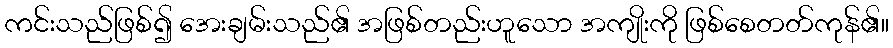
ကင်းသည်ဖြစ်၍ အေးချမ်းသည်၏ အဖြစ်တည်းဟူသော အကျိုးကို ဖြစ်စေတတ်ကုန်၏။